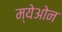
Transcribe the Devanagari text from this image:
म्येओन